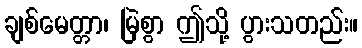
ချစ်မေတ္တာ၊ မြဲစွာ ဤသို့ ပွားသတည်း။